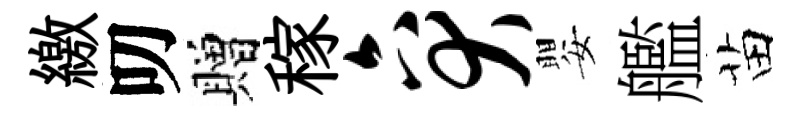
繳叨贈稼六犬嬰艦苗